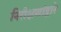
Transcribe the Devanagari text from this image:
निरीक्षणांद्वारे